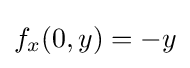
f_{x}(0,y)=-y